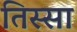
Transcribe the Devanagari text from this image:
तिस्सा